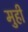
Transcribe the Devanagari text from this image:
मुही